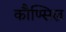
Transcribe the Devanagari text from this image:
कौण्सिल्र